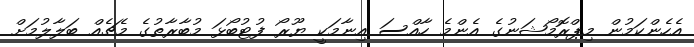
އެހެންކަމުން މިޕްރޮމޯޝަނުގެ އެންމެ ހާއްސަ އިނާމަކީ ޔޫރޯ ފުޓުބޯޅަ މުބާރާތުގެ މެޗެއް ބަލާލުމަށް